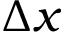
\Delta x